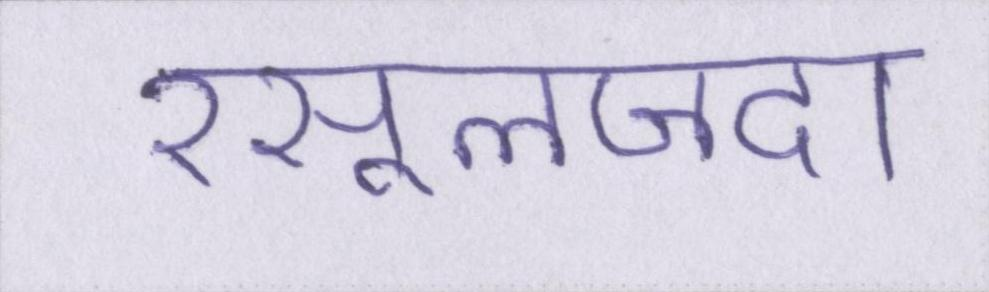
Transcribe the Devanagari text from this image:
रसूलजदा